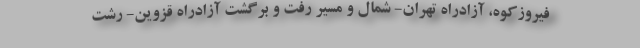
فیروزکوه، آزادراه تهران- شمال و مسیر رفت و برگشت آزادراه قزوین- رشت